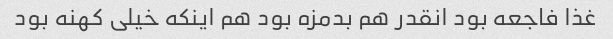
غذا فاجعه بود انقدر هم بدمزه بود هم اینکه خیلی کهنه بود